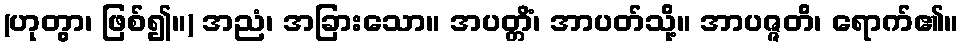
(ဟုတွာ၊ ဖြစ်၍။) အညံ၊ အခြားသော။ အပတ္တိံ၊ အာပတ်သို့။ အာပဇ္ဇတိ၊ ရောက်၏။